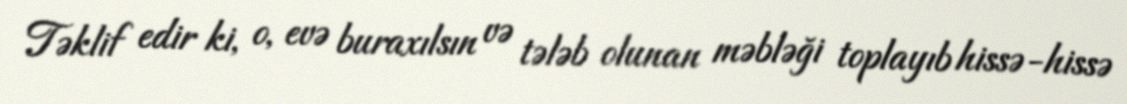
Təklif edir ki, o, evə buraxılsın və tələb olunan məbləği toplayıb hissə-hissə